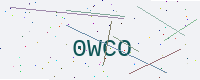
Text: 0WCO